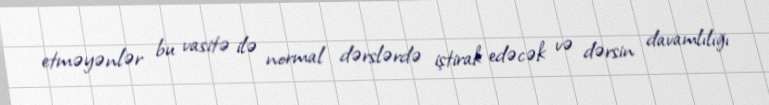
etməyənlər bu vasitə ilə normal dərslərdə iştirak edəcək və dərsin davamlılığı